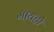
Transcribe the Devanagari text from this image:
मायहो